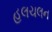
હલચલન